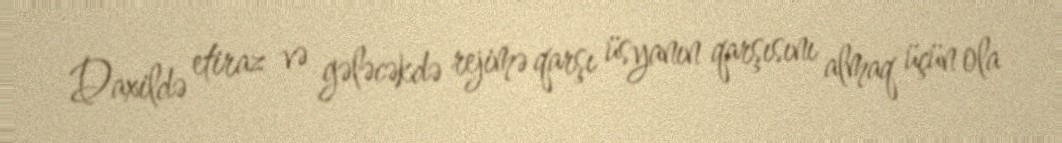
Daxildə etiraz və gələcəkdə rejimə qarşı üsyanın qarşısını almaq üçün ola